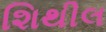
શિથીલ